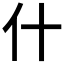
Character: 什